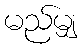
မည်မျှ